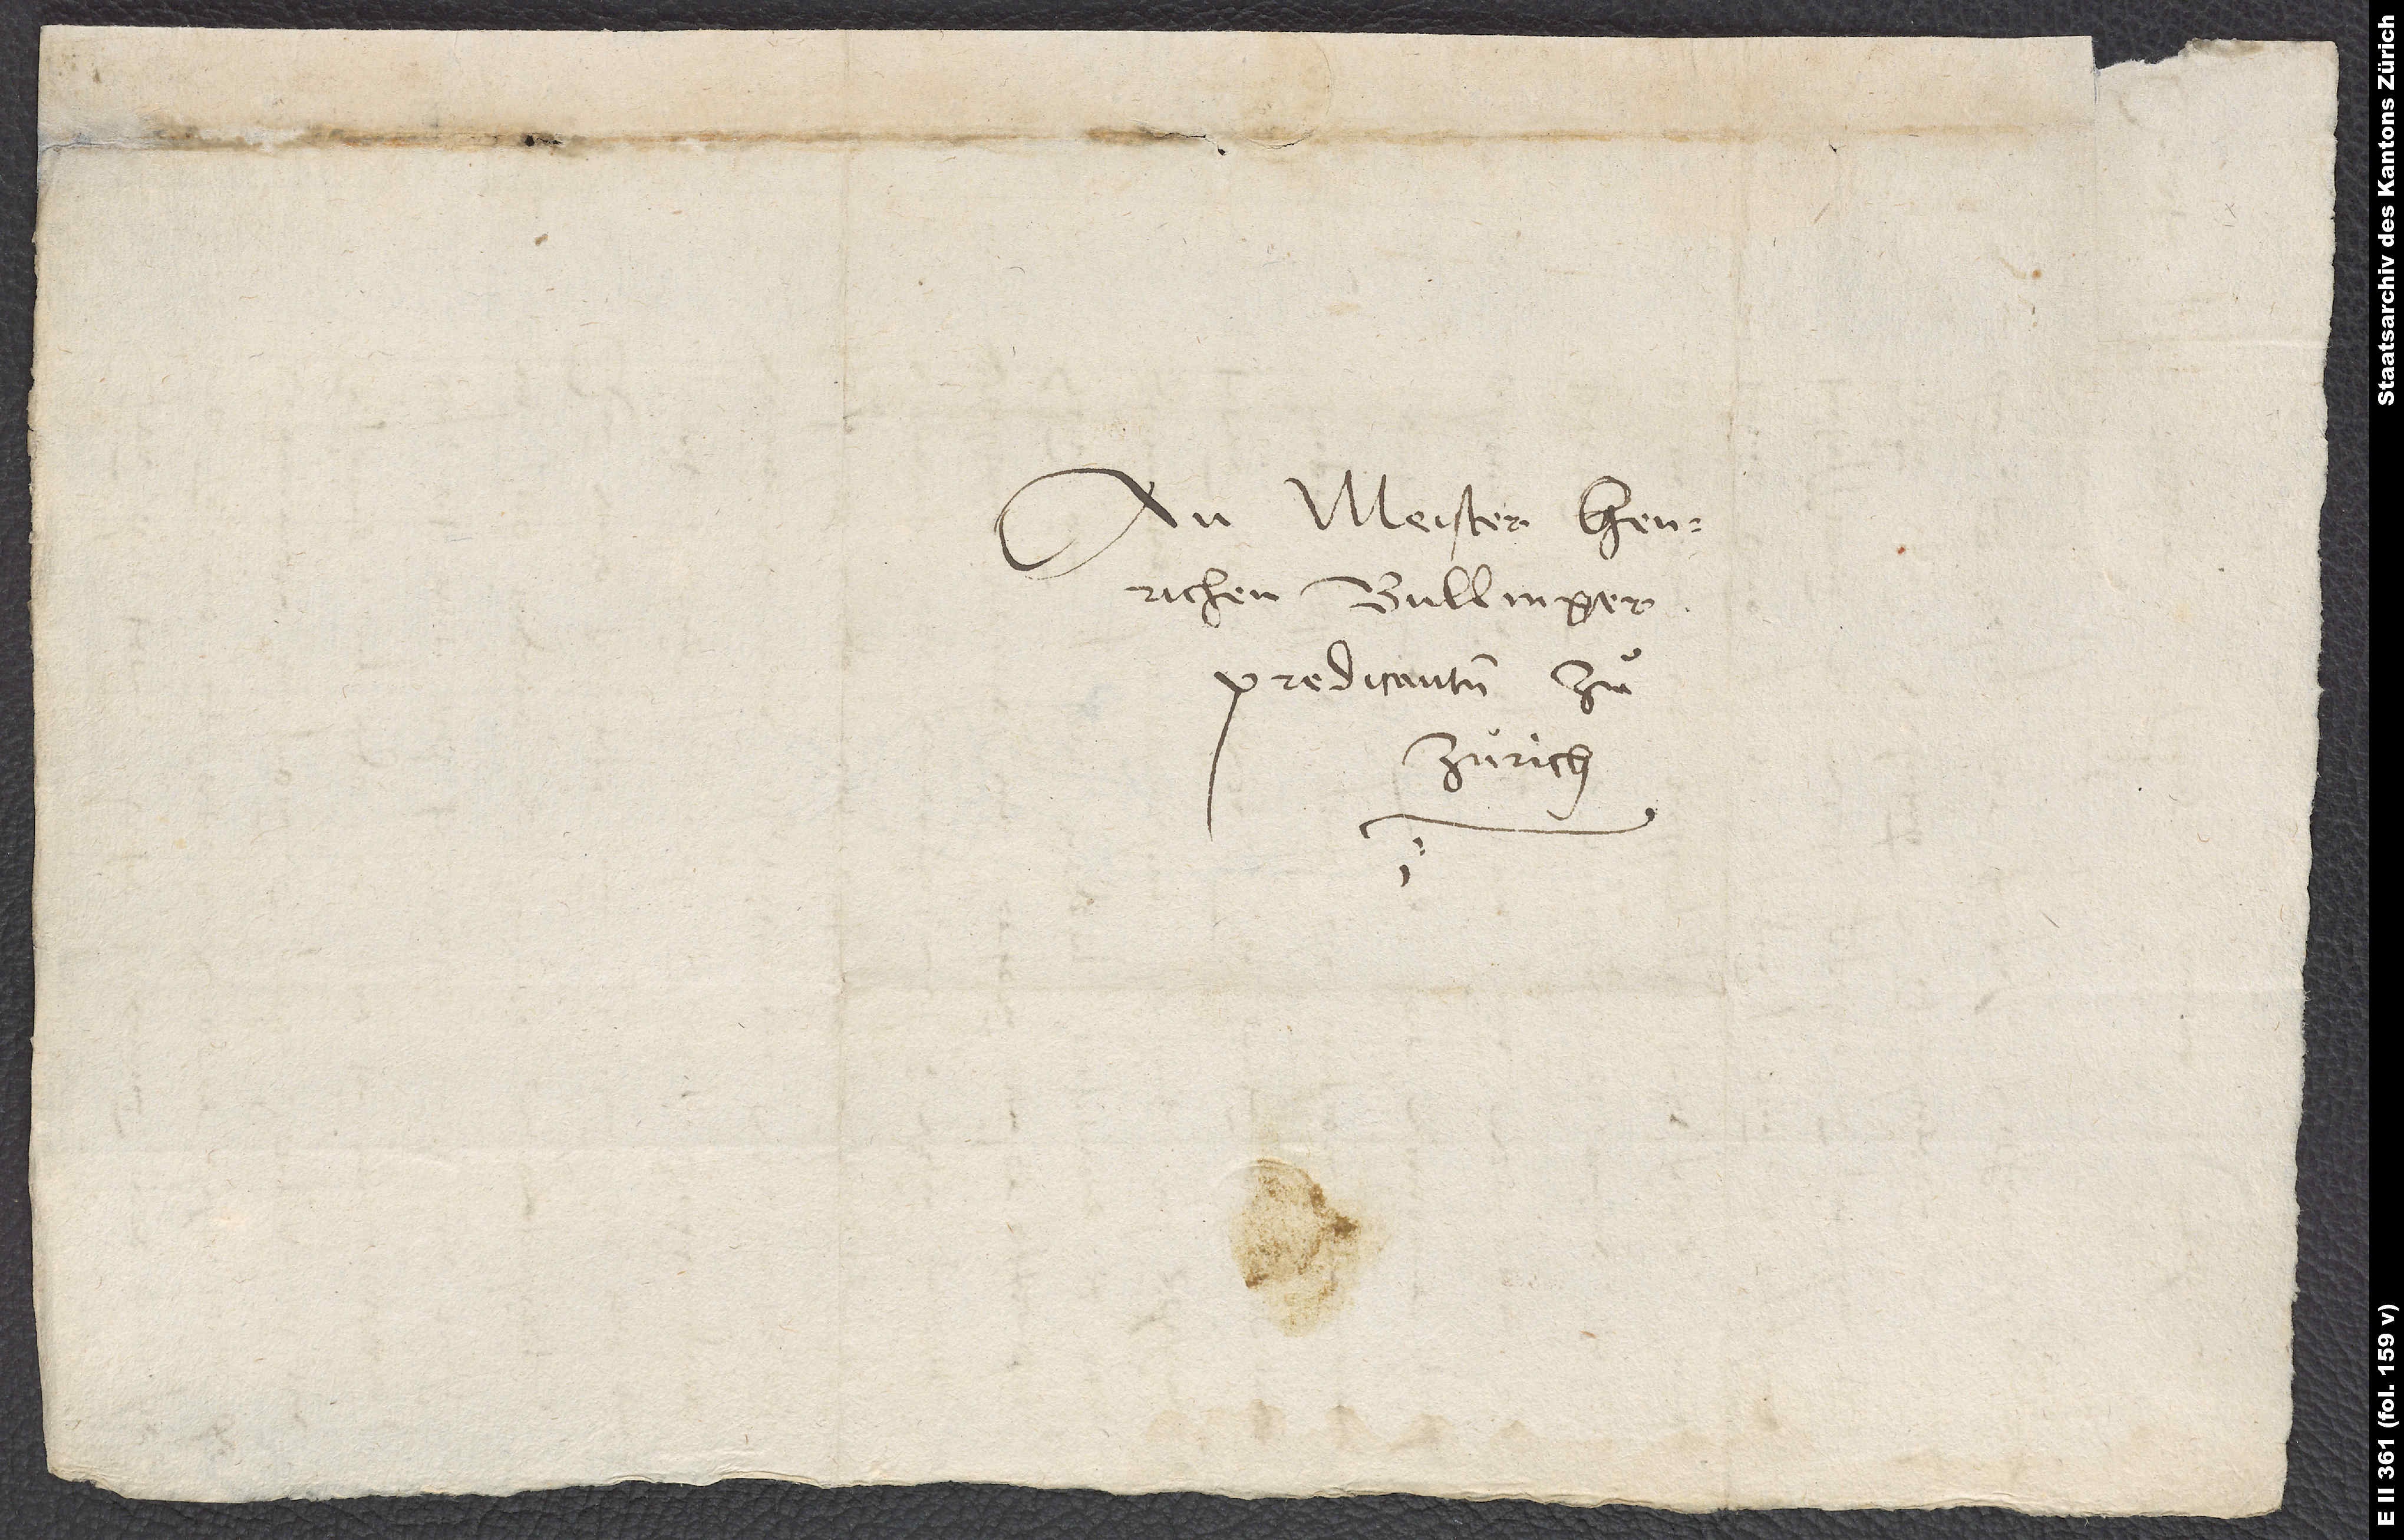
An meister Henrichen
Bullinger,
predicanten zuͦ
Zürich.